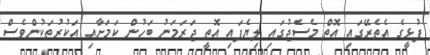
ފުޅީގެ އެތެރޭގައި އޮތް މެސެޖުގައި ލިޔެފައި އޮތީ ޖަރަމަނު ބަހުން ކަމަށާއި އަކުރުތަކުންވެސް